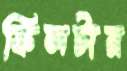
ফিলটার